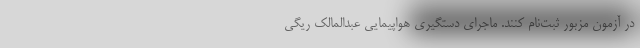
در آزمون مزبور ثبت‌نام کنند. ماجرای دستگیری هواپیمایی عبدالمالک ریگی